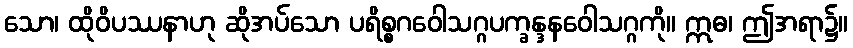
သော၊ ထိုဝိပဿနာဟု ဆိုအပ်သော ပရိစ္စဂဝေါသဂ္ဂပက္ခန္ဒနဝေါသဂ္ဂကို။ ဣဓ၊ ဤအရာ၌။